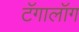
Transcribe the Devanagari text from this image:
टॅगालॉग